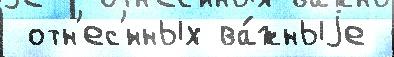
 отн'ес'́нных ва́жныjе